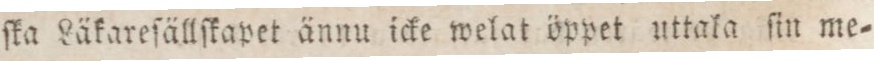
ſka Läkareſällſkapet ännu icke welat öppet uttala ſin me=